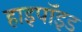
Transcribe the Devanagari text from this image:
हाइपॉइड